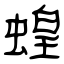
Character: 蝗